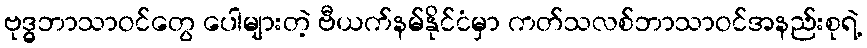
ဗုဒ္ဓ္ဓ္ဓဘာသာဝင်တွေ ပေါများတဲ့ ဗီယက်နမ်နိုင်ငံမှာ ကတ်သလစ်ဘာသာဝင်အနည်းစုရဲ့